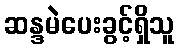
ဆန္ဒမဲပေးခွင့်ရှိသူ